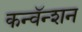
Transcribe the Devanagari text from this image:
कन्वॅन्शन